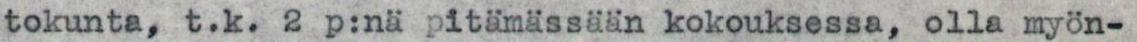
tokunta, t.k. 2 p:nä pitämässään kokouksessa, olla myön-